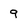
Character: 9